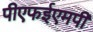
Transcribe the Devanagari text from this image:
पीएफईएमपी